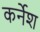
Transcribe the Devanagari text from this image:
कर्नेश